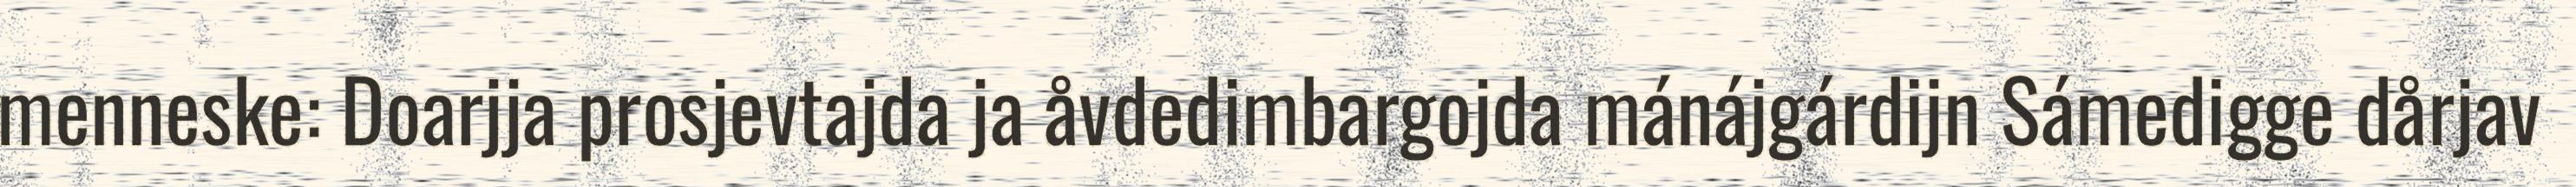
menneske: Doarjja prosjevtajda ja åvdedimbargojda mánájgárdijn Sámedigge dårjav